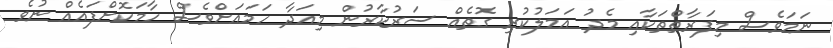
ނަމަވެސް މިފަރާތްތަކާއި މެދު އަމަލުކުރި ގޮތެއް ސަރުކާރުން މިއަދާ ހަމައަށްވެސް ހާމަކޮށްފައެއް ނުވެ